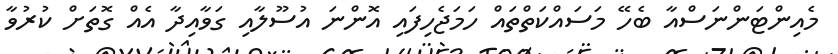
މެއިންޓަންނަސްއާ ބެހޭ މަސައްކަތްތައް ހަމަޖެހިފައި އޮންނަ އުސޫލާއި ގަވާއިދާ އެއް ގޮތަށް ކުރުވާ